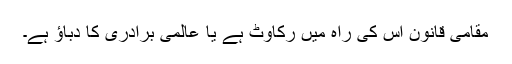
مقامی قانون اس کی راہ میں رکاوٹ ہے یا عالمی برادری کا دباؤ ہے۔